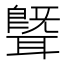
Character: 𬚢